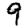
Digit: 9